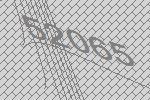
52065